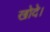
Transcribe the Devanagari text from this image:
खोदे।